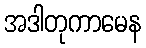
အဒါတုကာမေန